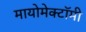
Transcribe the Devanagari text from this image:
मायोमेक्टॉमी